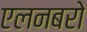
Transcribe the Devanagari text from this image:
एलनबरो